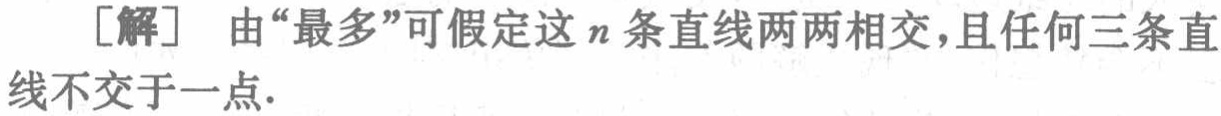
[解] 由“最多”可假定这\(n\)条直线两两相交，且任何三条直线不交于一点.